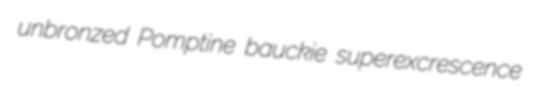
unbronzed Pomptine bauckie superexcrescence